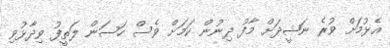
އެޅުމަށް ވުރެ ނަޝީދަށް މާފު ދިނުން ކަމަށް ވެސް ހަސަން ލަތީފު ވިދާޅުވި